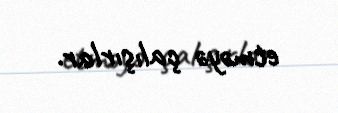
etməyə çalışırlar.